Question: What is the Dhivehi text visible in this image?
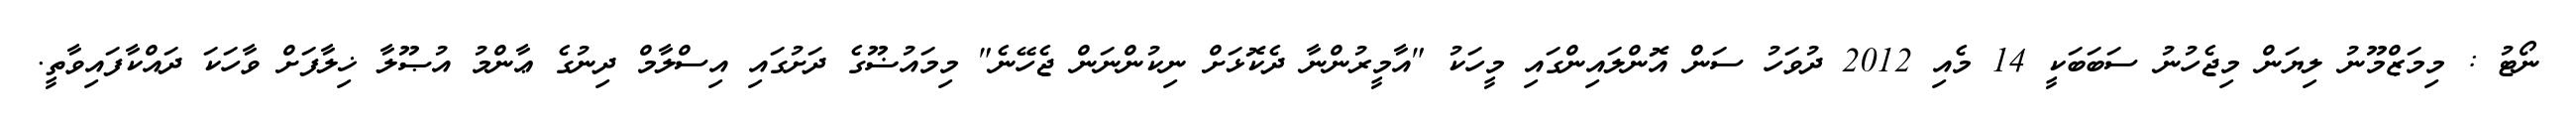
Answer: ނޯޓު : މިމަޒްމޫނު ލިޔަން މިޖެހުނު ސަބަބަކީ 14 މެއި 2012 ދުވަހު ސަން އޮންލައިންގައި މީހަކު "އާމީރުންނާ ދެކޮޅަށް ނިކުންނަން ޖެހޭނެ" މިމައުޟޫގެ ދަށުގައި އިސްލާމް ދިނުގެ ޢާންމު އުޞޫލާ ޚިލާފަށް ވާހަކަ ދައްކާފައިވާތީ.